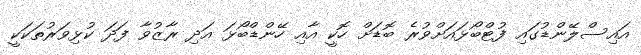
އައިސްލޭންޑުގައި ފުޓްބޯޅައަށްވުރެ ބޮޑަށް ހޮކީ އާއި ހޭންޑްބޯޅަ އަދި ރާޒުވާ ފަދަ ކުޅިވަރުތަކަކީ